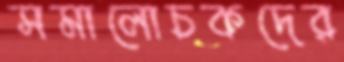
সমালোচকদের